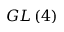
G L \left( 4 \right)